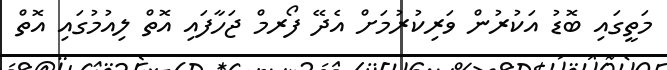
މަތީގައި ބޮޑު އަކުރުން ވަރިކުރުމަށް އެދޭ ފޯރމް ޖަހާފައި އޮތް ލިއުމުގައި އޮތް